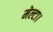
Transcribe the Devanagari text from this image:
मेल्टा।